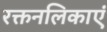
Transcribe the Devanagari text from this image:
रक्तनलिकाएं